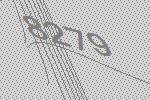
8279